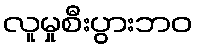
လူမှုစီးပွားဘဝ